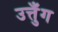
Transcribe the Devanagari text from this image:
उत्तुँग